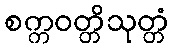
စက္ကဝတ္တိသုတ္တံ